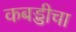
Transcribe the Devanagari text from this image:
कबड्डीचा